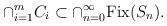
LaTeX: \begin{align*}\cap_{i=1}^{m}C_{i}\subset\cap_{n=0}^{\infty}\mathrm{Fix}(S_{n}).\end{align*}